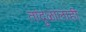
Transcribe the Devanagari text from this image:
तांदुळालाही